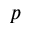
p